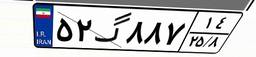
۵۲گ۸۸۷۱۴